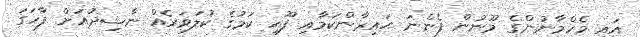
އައި މެހްމާނުންގެ މޫނުން ފެންނަ ޙައިރާންކަމާއި ފޫހި ކަމުގެ ކުލަވަރެއް ނާޝިދުއަށް ފާހަގަ